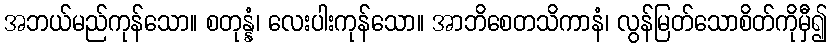
အဘယ်မည်ကုန်သော။ စတုန္နံ၊ လေးပါးကုန်သော။ အာဘိစေတသိကာနံ၊ လွန်မြတ်သောစိတ်ကိုမှီ၍